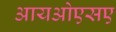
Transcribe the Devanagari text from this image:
आयओएसए